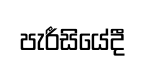
පැරීසියේදී